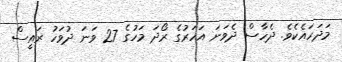
މަދަހައެކެވެ. ދެހާސް ދެވަނަ އަހަރުގެ ރޯދަ މަހުގެ 27 ވަަނަ ދުވަހު ރައީސް